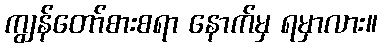
ကျွန်တော်စားစရာ နောက်မှ ရမှာလား။